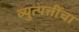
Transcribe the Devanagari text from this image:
व्युत्पत्तींचा